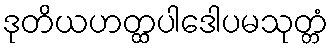
ဒုတိယဟတ္ထပါဒေါပမသုတ္တံ